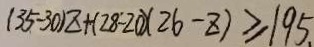
( 3 5 - 3 0 ) z + ( 2 8 - 2 0 ) ( 2 6 - z ) \geq 1 9 5 .